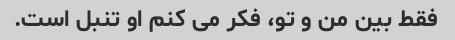
فقط بین من و تو، فکر می کنم او تنبل است.